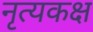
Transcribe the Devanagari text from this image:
नृत्यकक्ष